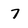
Character: 7